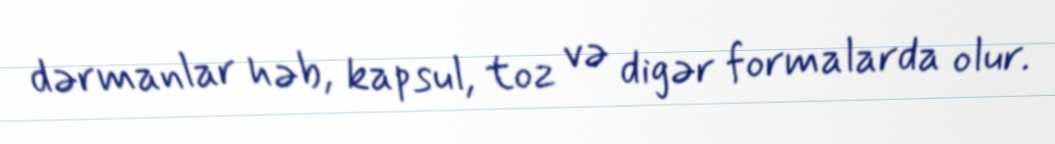
dərmanlar həb, kapsul, toz və digər formalarda olur.